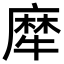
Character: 犘